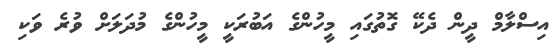
އިސްލާމް ދީން ދެކޭ ގޮތުގައި މީހުންގެ އަބުރަކީ މީހުންގެ މުދަލަށް ވުރެ ވަކި